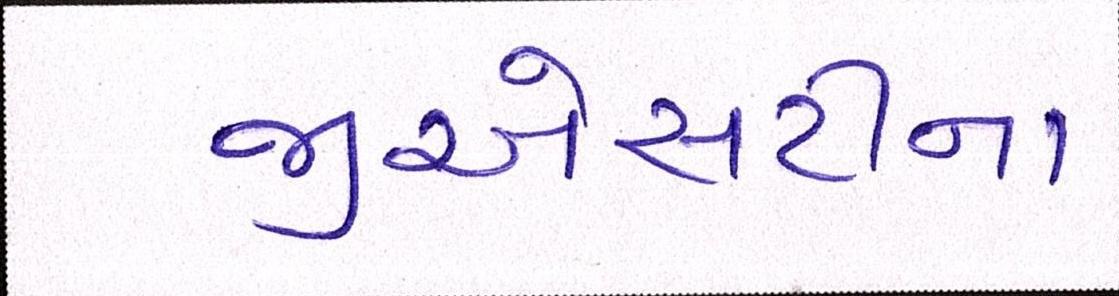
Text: જીએસટીના